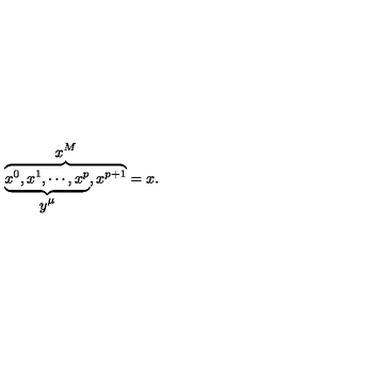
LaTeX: \overbrace { \underbrace { x ^ { 0 } , x ^ { 1 } , \cdots , x ^ { p } } _ { \displaystyle { y ^ { \mu } } } , x ^ { p + 1 } } ^ { \displaystyle { x ^ { M } } } = x .